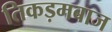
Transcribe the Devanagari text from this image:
तिकड़मबाज